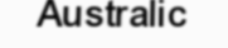
Australic